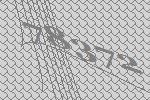
78372